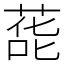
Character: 蒊